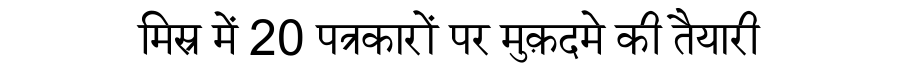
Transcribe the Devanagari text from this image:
मिस्र में 20 पत्रकारों पर मुक़दमे की तैयारी